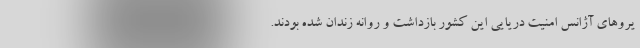
یروهای آژانس امنیت دریایی این کشور بازداشت و روانه زندان شده بودند.